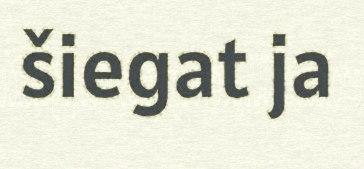
šiegat ja